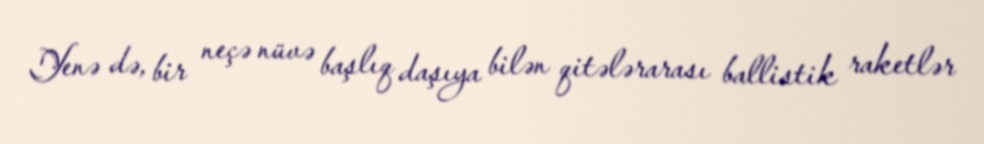
Yenə də, bir neçə nüvə başlıq daşıya bilən qitələrarası ballistik raketlər